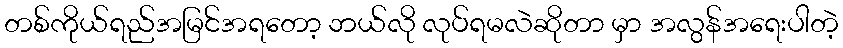
တစ်ကိုယ်ရည်အမြင်အရတော့ ဘယ်လို လုပ်ရမလဲဆိုတာ မှာ အလွန်အရေးပါတဲ့